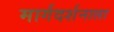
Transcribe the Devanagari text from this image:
मार्गदर्शनाला